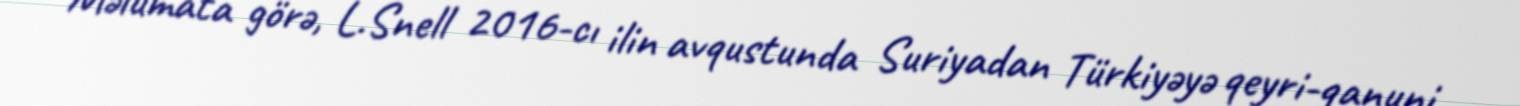
Məlumata görə, L.Snell 2016-cı ilin avqustunda Suriyadan Türkiyəyə qeyri-qanuni